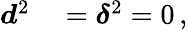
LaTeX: \begin{array}{rl}{\boldsymbol{d}^{2}}&{{}=\boldsymbol{\delta}^{2}=0\, ,}\end{array}